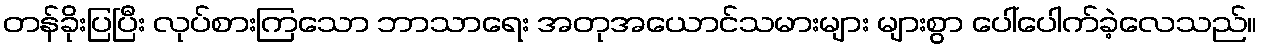
တန်ခိုးပြပြီး လုပ်စားကြသော ဘာသာရေး အတုအယောင်သမားများ များစွာ ပေါ်ပေါက်ခဲ့လေသည်။